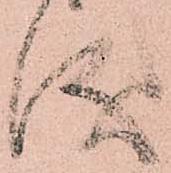
儀